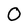
Character: 0